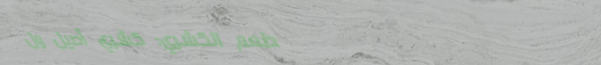
مطعم الكشري: كشري أصيل ول